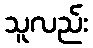
သူလည်း